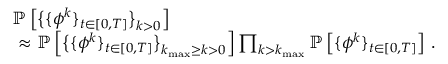
\begin{array} { r l } & { \mathbb { P } \left[ \big \{ \{ { \phi } ^ { k } \} _ { t \in [ 0 , T ] } \big \} _ { k > 0 } \right] } \\ & { ~ \approx \mathbb { P } \left[ \big \{ \{ { \phi } ^ { k } \} _ { t \in [ 0 , T ] } \big \} _ { k _ { \mathrm { m a x } } \geq k > 0 } \right] \prod _ { k > k _ { \mathrm { m a x } } } \mathbb { P } \left[ \{ { \phi } ^ { k } \} _ { t \in [ 0 , T ] } \right] \, . } \end{array}